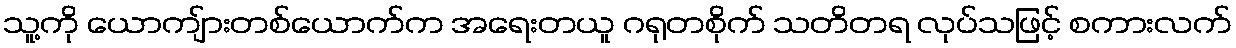
သူ့ကို ယောကျ်ားတစ်ယောက်က အရေးတယူ ဂရုတစိုက် သတိတရ လုပ်သဖြင့် စကားလက်